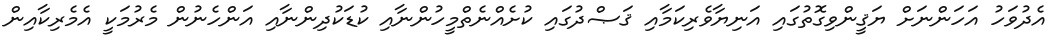
އެދުވަހު އަހަންނަށް ޔަޤީންވިގޮތުގައި އަނިޔާވެރިކަމާއި ޤަޞްދުގައި ކުށެއްނެތްމީހުންނާއި ކުޑަކުދިންނާއި އަންހެނުން މެރުމަކީ އެމެރިކާއިން